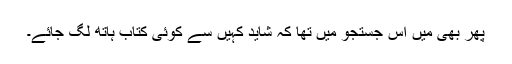
پھر بھی میں اس جستجو میں تھا کہ شاید کہیں سے کوئی کتاب ہاتھ لگ جائے۔